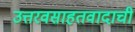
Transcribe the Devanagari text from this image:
उत्तरवसाहतवादाची